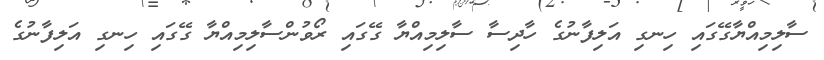
ސާލިމިއްޔާގޭގައި ހިނގި އަލިފާނުގެ ހާދިސާ ސާލިމިއްޔާ ގޭގައި ރޯވުންސާލިމިއްޔާ ގޭގައި ހިނގި އަލިފާނުގެ